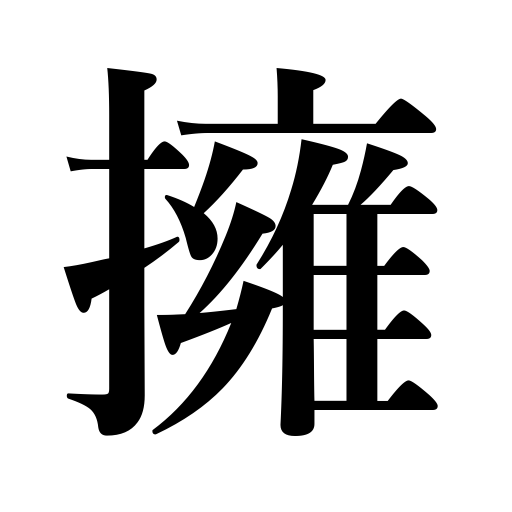
Meanings: hug,lead,protect,embrace,possess